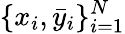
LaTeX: \{ x_{i},\bar{y}_{i}\} _{i=1}^{N}